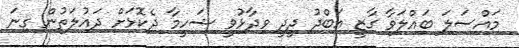
މައްސަލަ ބައްލަވާ ގާޒީ އަބްދު ދީދީ ވިދާޅުވީ ޝަހީމާ ދެކޮޅަށް ދައުލަތުން ގިނަ